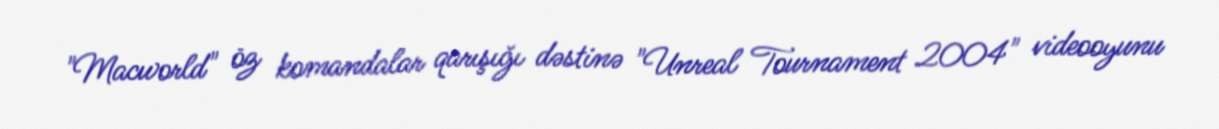
"Macworld" öz komandalar qarışığı dəstinə "Unreal Tournament 2004" videooyunu